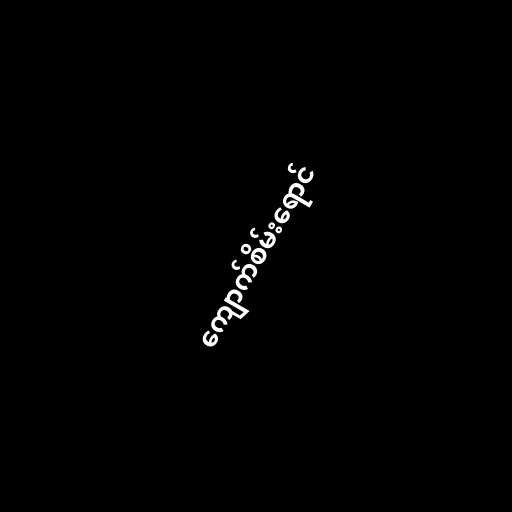
ကျောက်စိမ်းရောင်